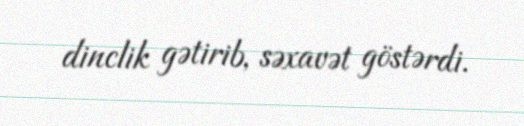
dinclik gətirib, səxavət göstərdi.